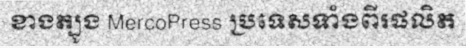
ខាងត្បូង MercoPress ប្រទេសទាំងពីរផលិត